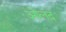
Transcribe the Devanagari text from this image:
ओलंद